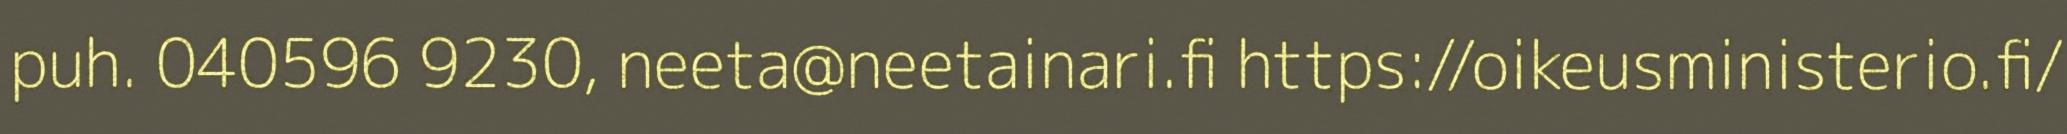
puh. 040596 9230, neeta@neetainari.fi https://oikeusministerio.fi/